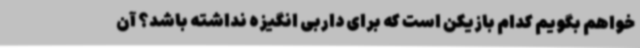
‌خواهم بگویم کدام بازیکن است که برای داربی انگیزه نداشته باشد؟ آن